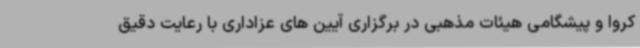
کروا و پیشگامی هیئات مذهبی در برگزاری آیین های عزاداری با رعایت دقیق